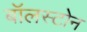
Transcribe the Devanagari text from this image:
बॉलस्टोन